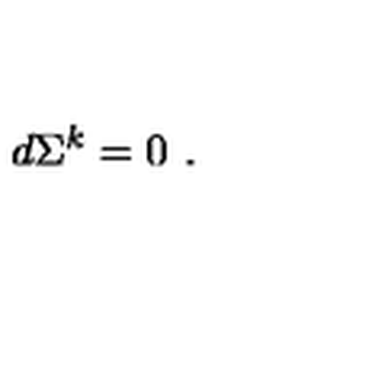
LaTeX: d \Sigma ^ { k } = 0 \ .